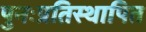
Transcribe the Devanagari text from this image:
पुनःप्रतिस्थापित